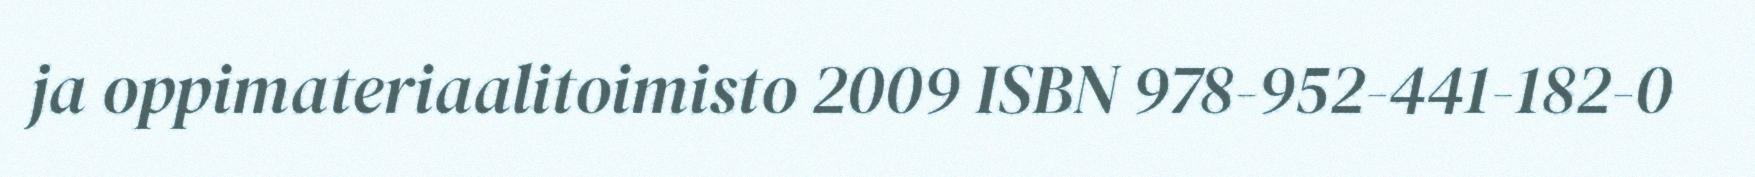
ja oppimateriaalitoimisto 2009 ISBN 978-952-441-182-0